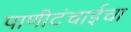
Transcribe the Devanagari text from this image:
पाणीटंचाईचा